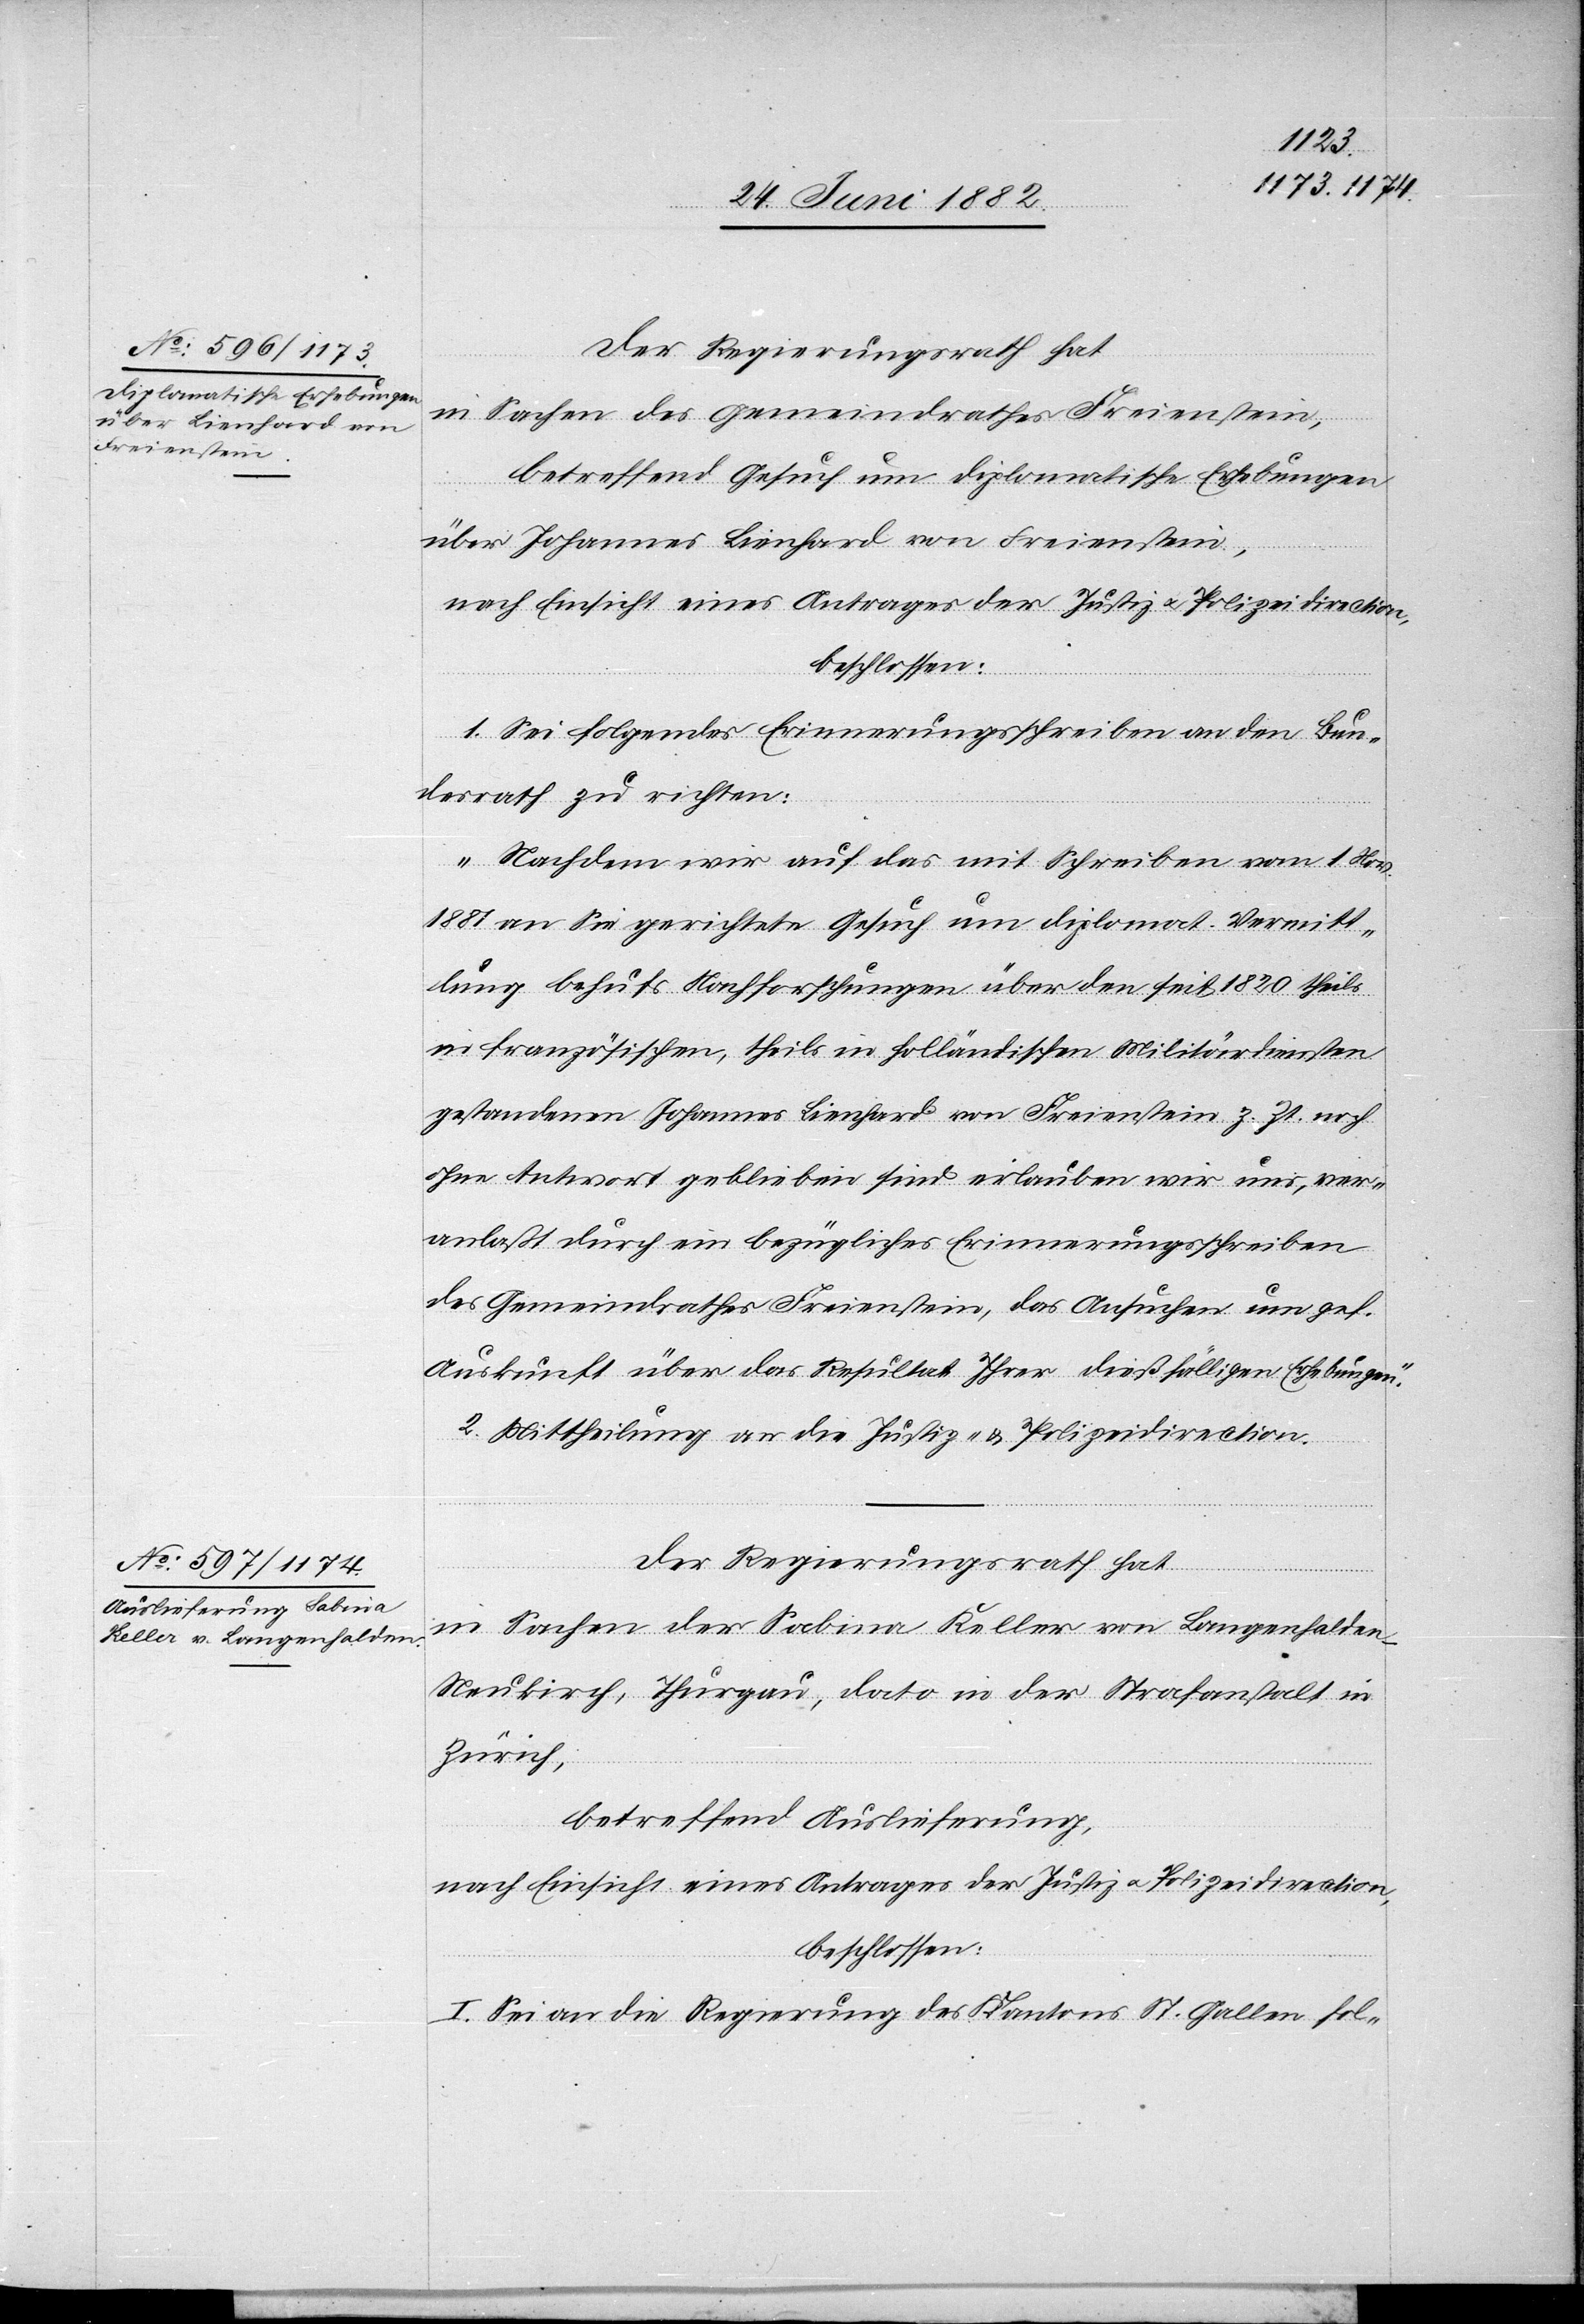
Der Regierungsrath hat,
in Sachen des Gemeindrathes Freienstein,
betreffend Gesuch um diplomatische Erhebungen
über Johannes Lienhard von Freienstein,
nach Einsicht eines Antrages der Justiz- u. Polizeidirection,
beschlossen:
1. Sei folgendes Erinnerungsschreiben an den Bun¬
desrath zu richten:
„Nachdem wir auf das mit Schreiben vom 1. Nov.
1881 an Sie gerichtete Gesuch um diplomat. Vermitt¬
lung behufs Nachforschungen über den seit 1820 theils
in französischen, theils in holländischen Militärdiensten
gestandenen Johannes Lienhard von Freienstein z. Zt. noch
ohne Antwort geblieben sind erlauben wir uns, ver¬
anlaßt durch ein bezügliches Erinnerungsschreiben
des Gemeindrathes Freienstein, das Ansuchen um gef.
Auskunft über das Resultat Ihrer dießfälligen Erhebungen.“
2. Mittheilung an die Justiz- u. Polizeidirection.
Der Regierungsrath hat,
in Sachen der Sabina Keller von Langenhalden,
Neukirch, Thurgau, dato in der Strafanstalt
Zürich,
betreffend Auslieferung,
nach Einsicht eines Antrages der Justiz- u. Polizeidirection,
beschlossen:
I. Sei an die Regierung des Kantons St. Gallen fol-